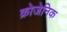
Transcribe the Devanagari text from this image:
क्रोजेनिक